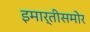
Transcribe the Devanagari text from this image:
इमार्तीसमोर